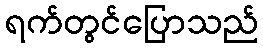
ရက်တွင်ပြောသည်